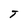
Character: T